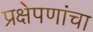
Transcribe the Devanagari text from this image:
प्रक्षेपणांचा